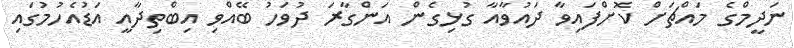
ނަދީމްގެ މައްޗަށް ކޮށްފައިވާ ދައުވާއާ ގުޅިގެން އަންގާރަ ދުވަހު ބޭއްވި އިބްތިދާއީ އަޑުއެހުމުގައި